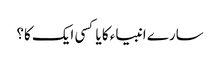
سارے انبیاء کا یا کسی ایک کا؟